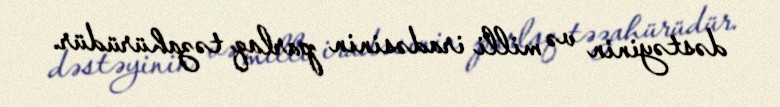
dəstəyinin və milli iradəsinin parlaq təzahürüdür.